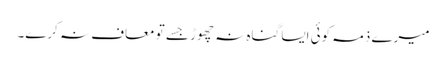
میرے ذمہ کوئی ایسا گناہ نہ چھوڑ جسے تو معاف نہ کرے۔